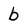
Character: b